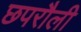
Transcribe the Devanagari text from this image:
छपरौली